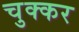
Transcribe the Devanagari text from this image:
चुक्कर